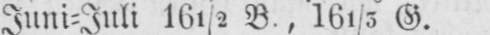
Juni⸗Juli I6½ B., I61/5 G.